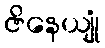
ဇိနေယျုံ